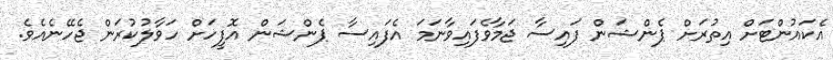
އެކައުންޓަށް އިތުރަށް ޕެންޝަން ފައިސާ ޖަމާވެފައިވާނަމަ އެފައިސާ ޕެންޝަން އޮފީހަށް ހަވާލުކުރަން ޖެހޭނެއެވެ.